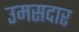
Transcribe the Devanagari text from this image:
उमसदार